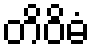
တိဝိဓံ